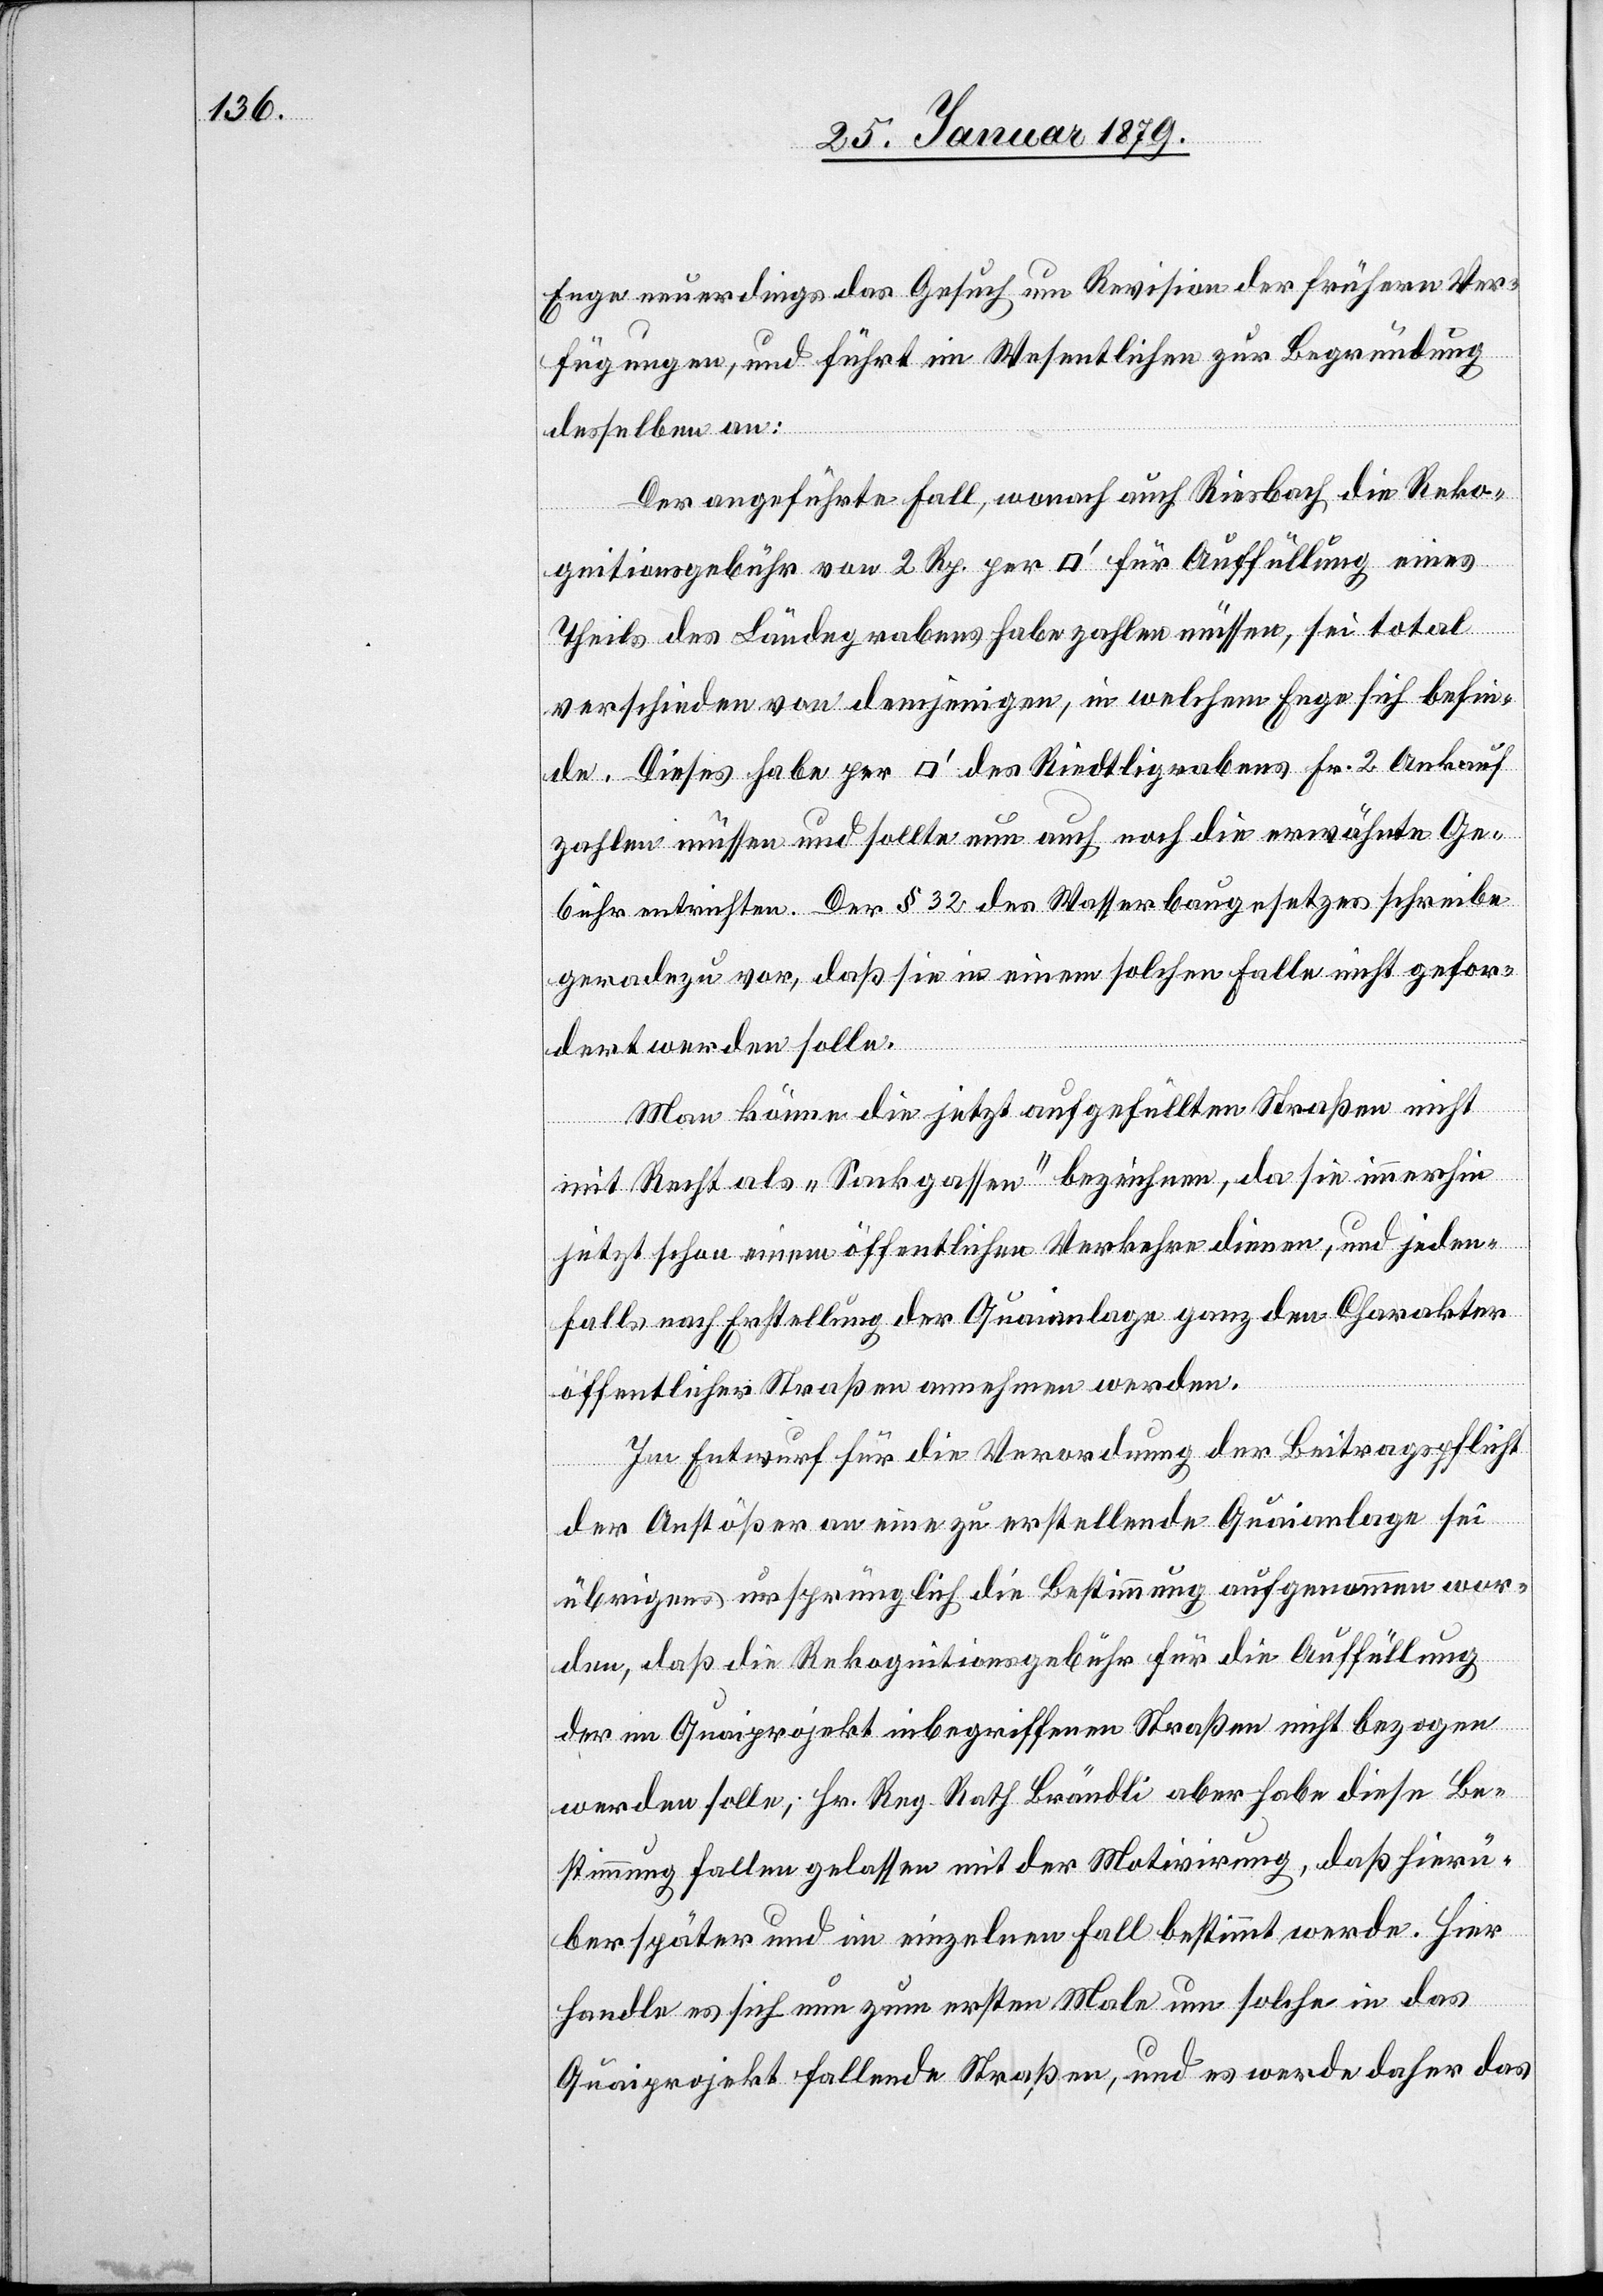
Enge neuerdings das Gesuch um Revision der frühern Ver¬
fügungen, und führt im Wesentlichen zur Begründung
desselben an:
Der angeführte Fall, wonach auch Riesbach die Reko¬
gnitionsgebühr von 2 Rp. per [Quadratfuss] für Auffüllung eines
Theils des Ländegrabens habe zahlen müssen, sei total
verschieden von demjenigen, in welchem Enge sich befin¬
de. Dieses habe per [Quadratfuss] des Riedtligrabens Fr. 2 Ankauf
zahlen müssen und sollte nun auch noch die erwähnte Ge¬
bühr entrichten. Der § 32 des Wasserbaugesetzes schreibe
geradezu vor, daß sie in einem solche Falle nicht gefor¬
dert werden solle.
Man könne die jetzt aufgefüllten Straßen nicht
mit Recht als „Sackgassen“ bezeichnen, da sie immerhin
jetzt schon einem öffentlichen Verkehre dienen, und jeden¬
falls nach Erstellung der Quaianlage ganz den Charakter
öffentlicher Straßen annehmen werden.
Im Entwurf für die Verordnung der Beitragspflicht
der Anstößer an eine zu erstellende Quaianlage sei
übrigens ursprünglich die Bestimmung aufgenommen wor¬
den, daß die Rekognitionsgebühr für die Auffüllung
der im Quaiprojekt inbegriffenen Straßen nicht bezogen
werden solle; Hr. Reg. Rath Brändli aber habe diese Be¬
stimmung fallen gelassen mit der Motivirung, daß hierü¬
ber später und im einzelnen Fall bestimmt werde. Hier
handle es sich nun zum ersten Male um solche in das
Quaiprojekt fallende Straßen, und es werde daher das